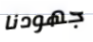
جهودنا